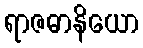
ရာဇဓာနိယော